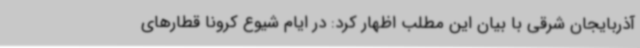
آذربایجان‌ شرقی با بیان این مطلب اظهار کرد: در ایام شیوع کرونا قطارهای